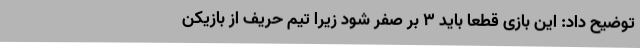
توضیح داد: این بازی قطعا باید 3 بر صفر شود زیرا تیم حریف از بازیکن